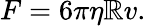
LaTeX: F=6\pi\eta\mathbb{R}v.